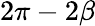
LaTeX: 2\pi-2\beta